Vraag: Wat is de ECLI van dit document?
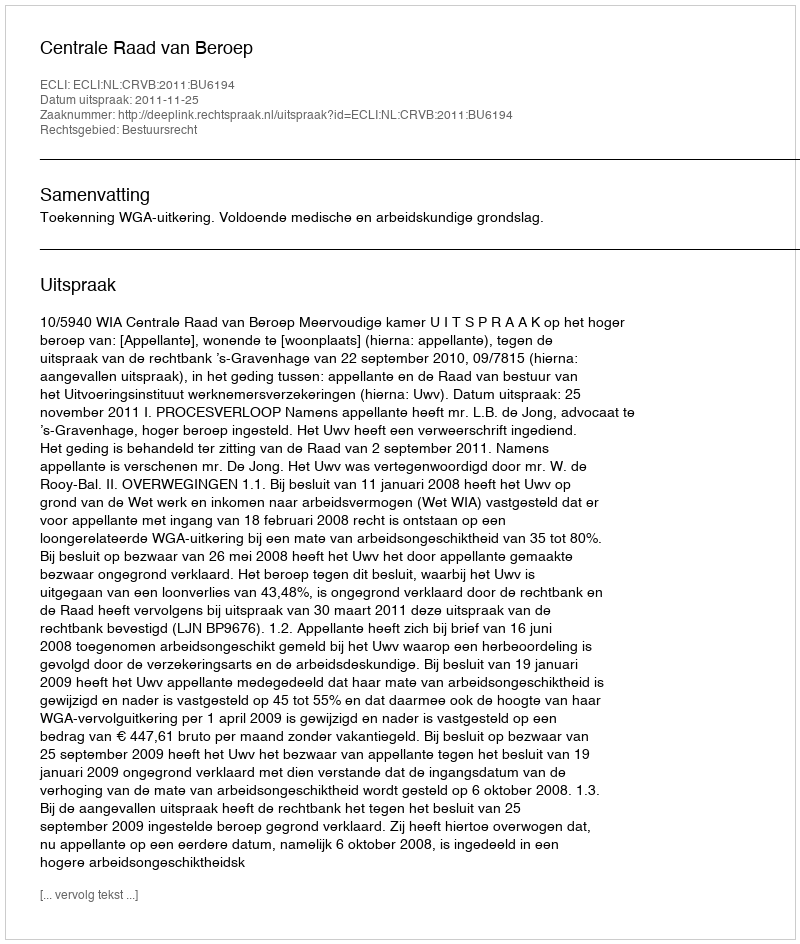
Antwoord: ECLI:NL:CRVB:2011:BU6194